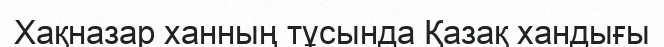
Хақназар ханның тұсында Қазақ хандығы